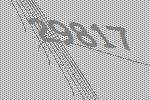
29817